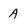
Character: A